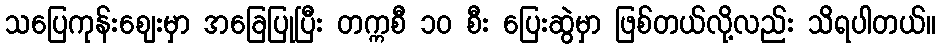
သပြေကုန်းဈေးမှာ အခြေပြုပြီး တက္ကစီ ၁၀ စီး ပြေးဆွဲမှာ ဖြစ်တယ်လို့လည်း သိရပါတယ်။